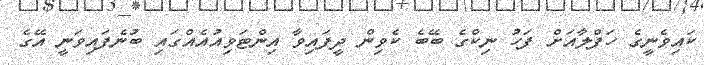
ކައިވެނީގެ ހަފްލާއަށް ފަހު ނިކްގެ ބޭބެ ކެވިން ދީފައިވާ އިންޓަވިއުއެއްގައި ބުނެފައިވަނީ އޭގެ